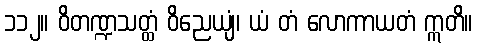
၁၁၂။ ဝိတဏ္ဍသတ္ထံ ဝိညေယျံ၊ ယံ တံ လောကာယတံ ဣတိ။